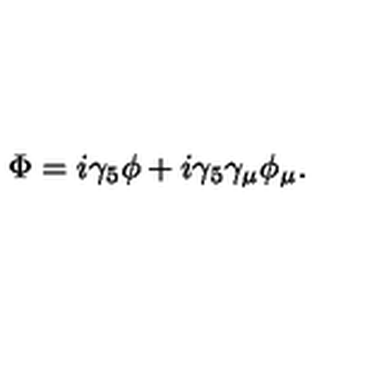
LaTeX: \Phi = i \gamma _ { 5 } \phi + i \gamma _ { 5 } \gamma _ { \mu } \phi _ { \mu } .